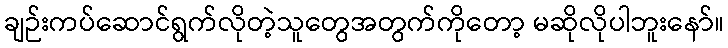
ချဉ်းကပ်ဆောင်ရွက်လိုတဲ့သူတွေအတွက်ကိုတော့ မဆိုလိုပါဘူးနော်။